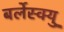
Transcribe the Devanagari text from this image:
बर्लेस्क्यु